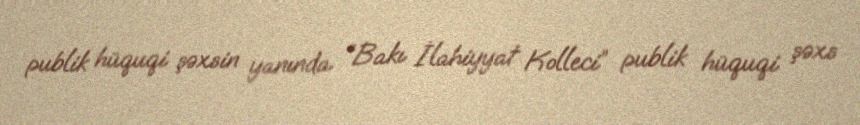
publik hüquqi şəxsin yanında “Bakı İlahiyyat Kolleci” publik hüquqi şəxs